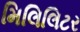
મિલિલિટર